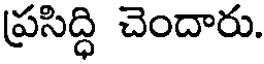
ప్రసిద్ధి చెందారు.